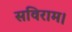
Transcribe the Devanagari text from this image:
सविराम।